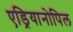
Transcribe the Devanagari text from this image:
एड्रियानोपिल